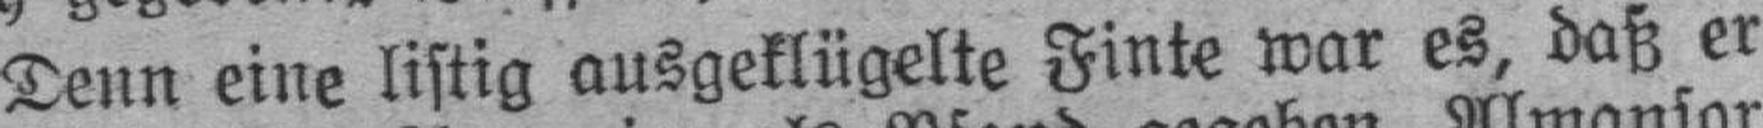
Denn eine listig ausgeklügelte Finte war es, daß er